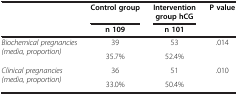
<table><thead><tr><td><b> </b></td><td><b>Control group</b></td><td><b>Intervention group hCG</b></td><td><b>P value</b></td></tr><tr><td><b> </b></td><td><b>n 109</b></td><td><b>n 101</b></td><td><b> </b></td></tr></thead><tbody><tr><td rowspan="2"><i>Biochemical pregnancies (media, proportion)</i></td><td>39</td><td>53</td><td rowspan="2">.014</td></tr><tr><td>35.7%</td><td>52.4%</td></tr><tr><td><i>Clinical pregnancies (media, proportion)</i></td><td>36</td><td>51</td><td>.010</td></tr><tr><td> </td><td>33.0%</td><td>50.4%</td><td> </td></tr></tbody></table>